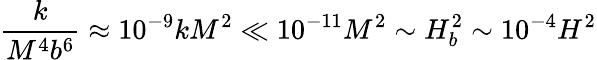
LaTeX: \frac{k}{M^{4}b^{6}}\approx 10^{-9}kM^{2}\ll 10^{-11}M^{2}\sim H_{b}^{2}\sim 10^{-4}H^{2}